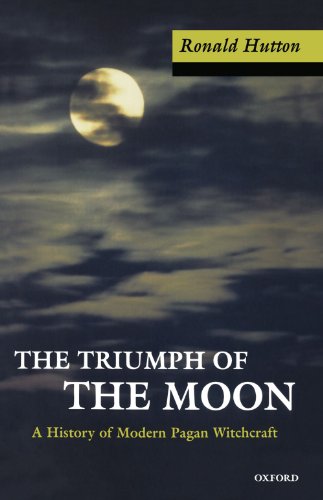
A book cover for The Triumph of the Moon: A History of Modern Pagan Witchcraft; Ronald Hutton; Christian Books & Bibles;